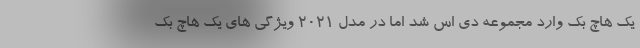
یک هاچ بک وارد مجموعه دی اس شد اما در مدل 2021 ویژگی های یک هاچ بک